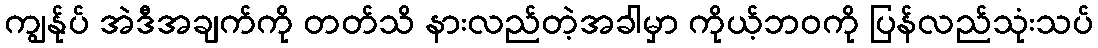
ကျွန်ုပ် အဲဒီအချက်ကို တတ်သိ နားလည်တဲ့အခါမှာ ကိုယ့်ဘဝကို ပြန်လည်သုံးသပ်